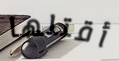
أقتلها